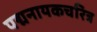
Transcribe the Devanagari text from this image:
पद्मनायकचरित्र